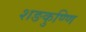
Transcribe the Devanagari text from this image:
शङकुण्णि